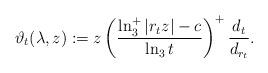
LaTeX: \begin{align*}\vartheta_t(\lambda, z) := z \left(\frac{\ln_3^+|r_t z| - c}{\ln_3 t} \right)^+ \frac{d_t}{d_{r_t}}.\end{align*}